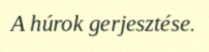
A húrok gerjesztése.